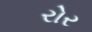
રોર